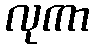
လုကာ